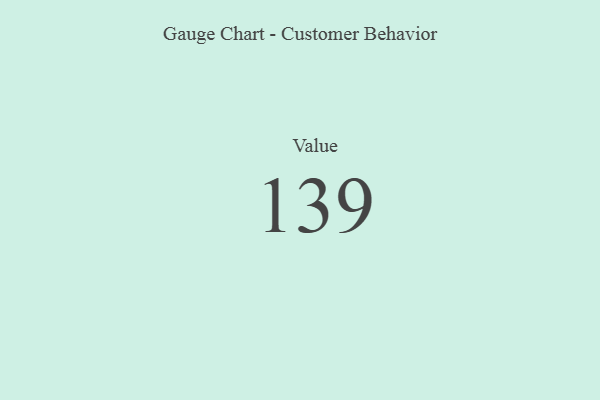
{"axis": {"x": "Metric", "y": "Value"}, "legend": [""], "data": [{"x": "Value", "y": 139, "type": ""}]}